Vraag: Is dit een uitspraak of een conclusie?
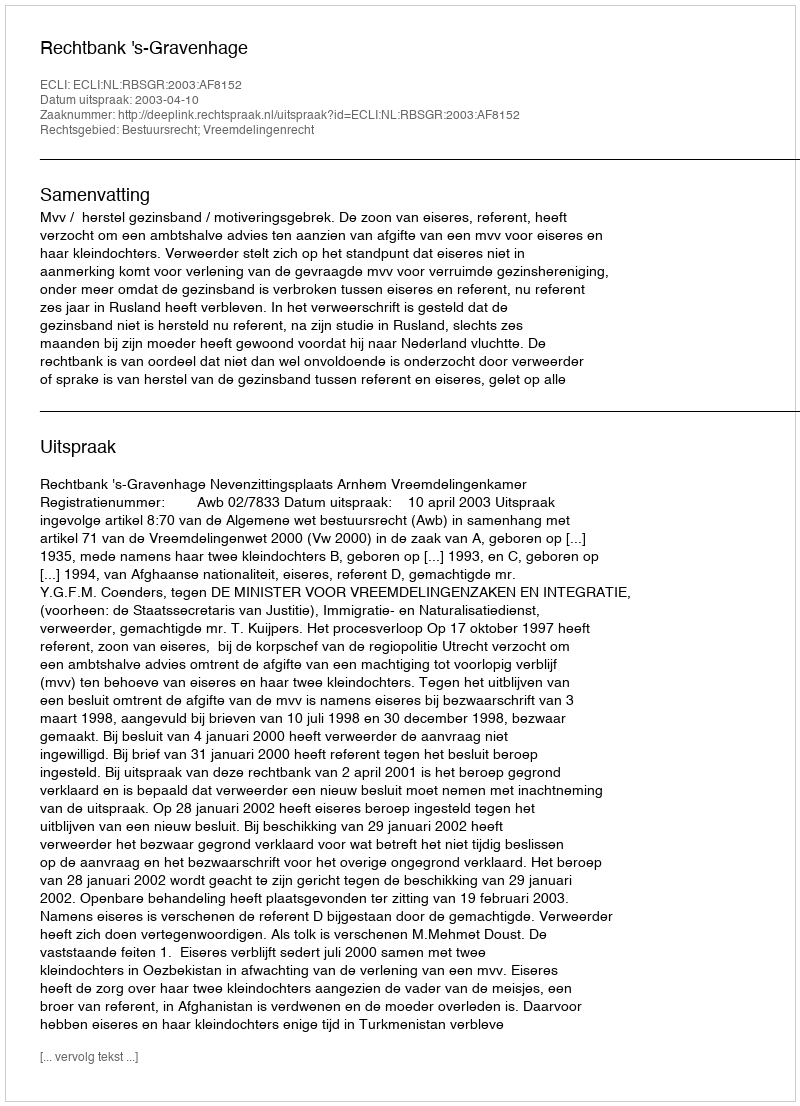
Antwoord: Uitspraak